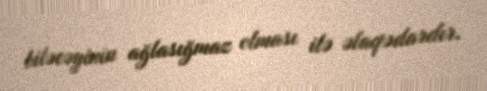
biləcəyinin ağlasığmaz olması ilə əlaqədardır.